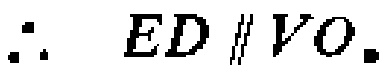
\(\therefore ED\parallel VO.\)